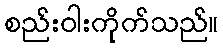
စည်းဝါးကိုက်သည်။